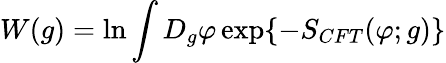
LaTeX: W(g)=\ln\int D_{g}\varphi\exp\{ -S_{CFT}(\varphi;g)\}